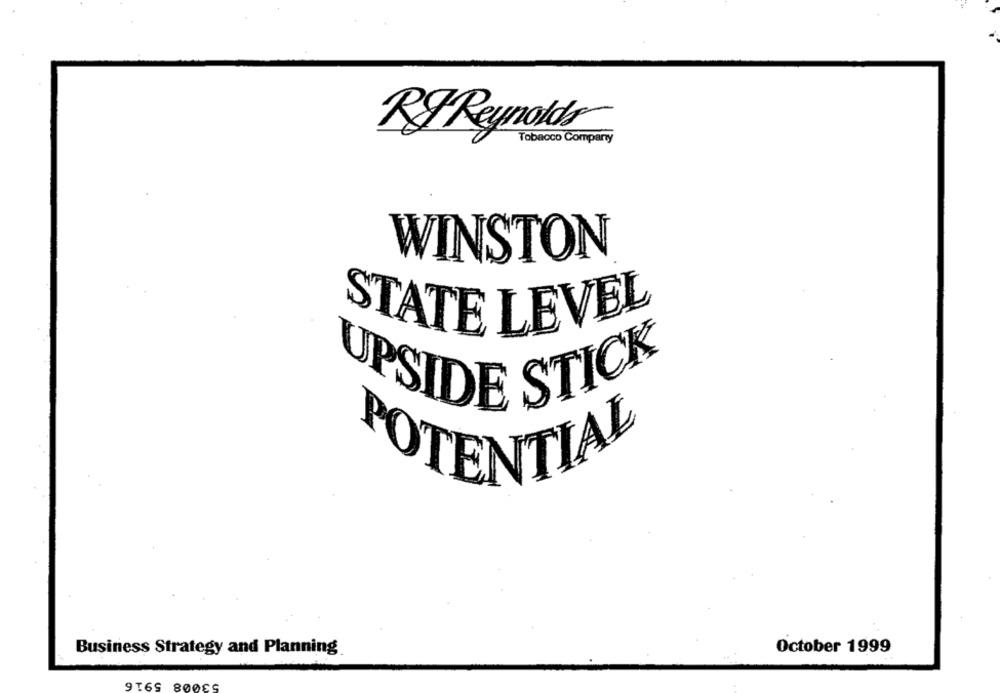
RF Reynolds
Tobacco Company
WINSTON
STATE LEVEL
UPSIDE STICK
POTENTIAL
Business Strategy and Planning
October 1999
53008 5916